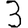
Digit: 3